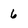
Character: 6